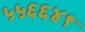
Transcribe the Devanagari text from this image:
५५६६४९